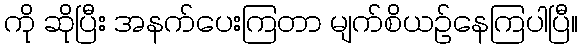
ကို ဆိုပြီး အနက်ပေးကြတာ မျက်စိယဉ်နေကြပါပြီ။